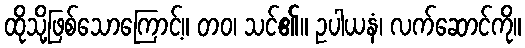
ထိုသို့ဖြစ်သောကြောင့်။ တဝ၊ သင်၏။ ဥပါယနံ၊ လက်ဆောင်ကို။